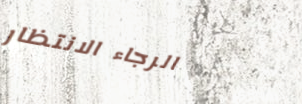
الرجاء الانتظار